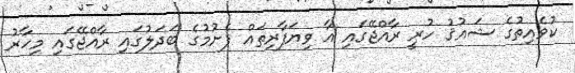
ކުވެއިތުގެ ޝައުޤު ހުރީ ރާއްޖޭގައި އާ ވިޔަފާރިތައް ފެށުމުގެ ބަދަލުގައި ރާއްޖޭގައި މިހާރު